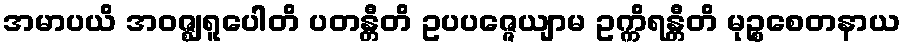
အမာပယိ အဝဇ္ဈရူပေါတိ ပတန္တီတိ ဥပပဇ္ဇေယျာမ ဥက္ကိရန္တီတိ မုဉ္စစေတနာယ